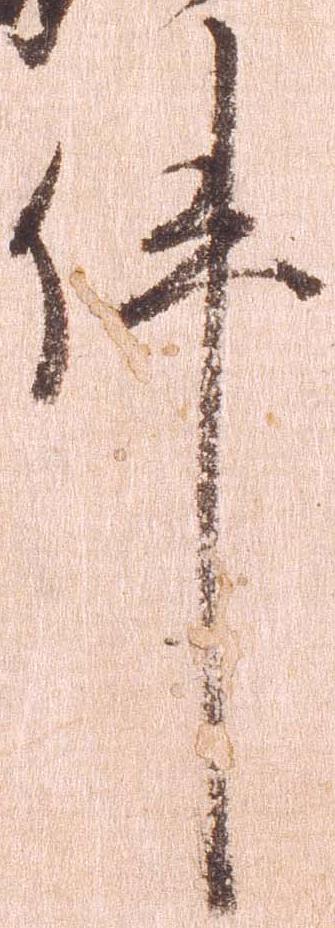
件